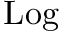
\operatorname { L o g }